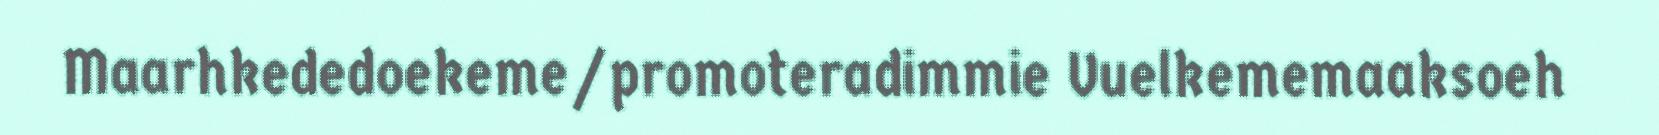
Maarhkededoekeme/promoteradimmie Vuelkememaaksoeh